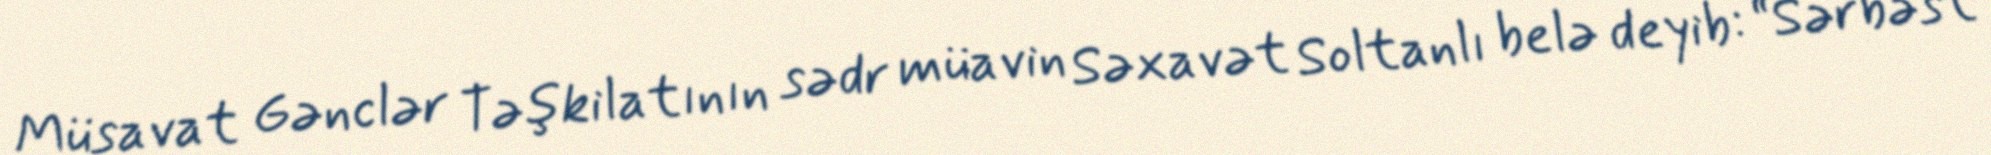
Müsavat Gənclər Təşkilatının sədr müavin Səxavət Soltanlı belə deyib: “Sərbəst